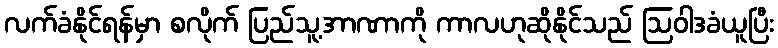
လက်ခံနိုင်ရန်မှာ စလိုက် ပြည်သူ့အာဏာကို ကာလဟုဆိုနိုင်သည် ဩဝါဒခံယူပြီး